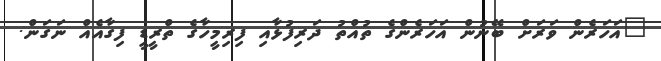
"އަހަރެން ވަރަށް ބޭނުން އަހަރެންގެ ތުއްތު ދަރިފުޅާއި ފިރިމީހާގެ ތްރީޑީ ފިގާއެއް ނަގަން.